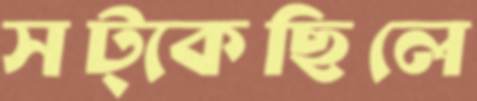
সট্‌কেছিলে